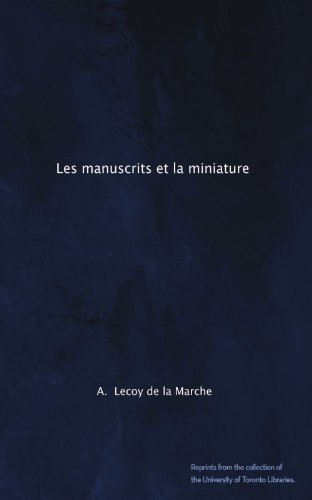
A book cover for Les manuscrits et la miniature (French Edition); A. Lecoy de la Marche; Crafts, Hobbies & Home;